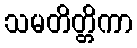
သမတိတ္တိကာ